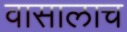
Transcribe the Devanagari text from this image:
वासालाच